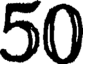
50